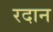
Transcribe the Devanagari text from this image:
रदान